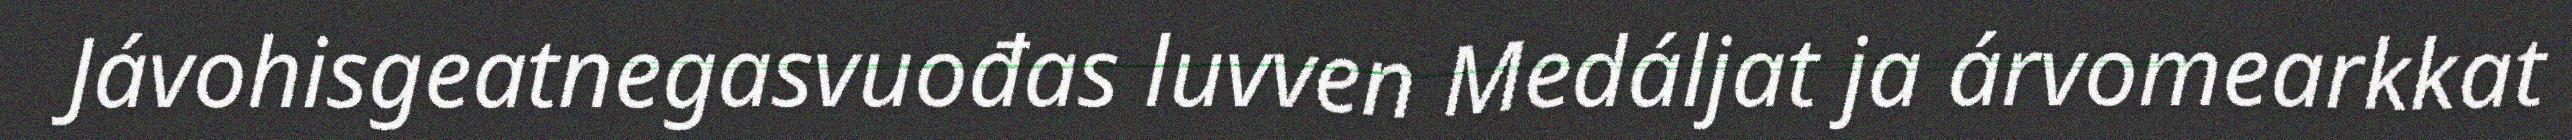
Jávohisgeatnegasvuođas luvven Medáljat ja árvomearkkat